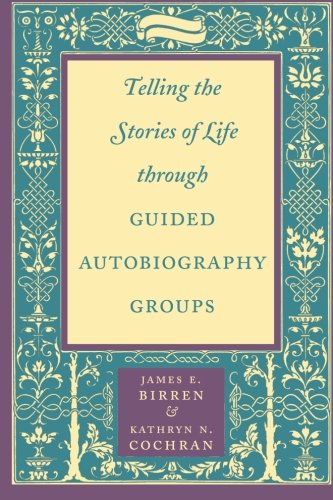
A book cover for Telling the Stories of Life through Guided Autobiography Groups; James E. Birren; Politics & Social Sciences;